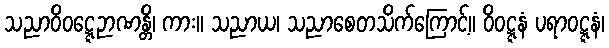
သညာဝိဝဋ္ဋေဉာဏန္တိ၊ ကား။ သညာယ၊ သညာစေတသိက်ကြောင့်။ ဝိဝဋ္ဋနံ ပရာဝဋ္ဋနံ၊